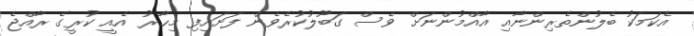
އެކަމަކު ބެލުންތެރިންނާއި އާއްމުންނަށް ވެސް ގަބޫލުކުރެވެން ފަށައިފި މިހާރު އެއީ ކުރީގެ ރާއްޖެ